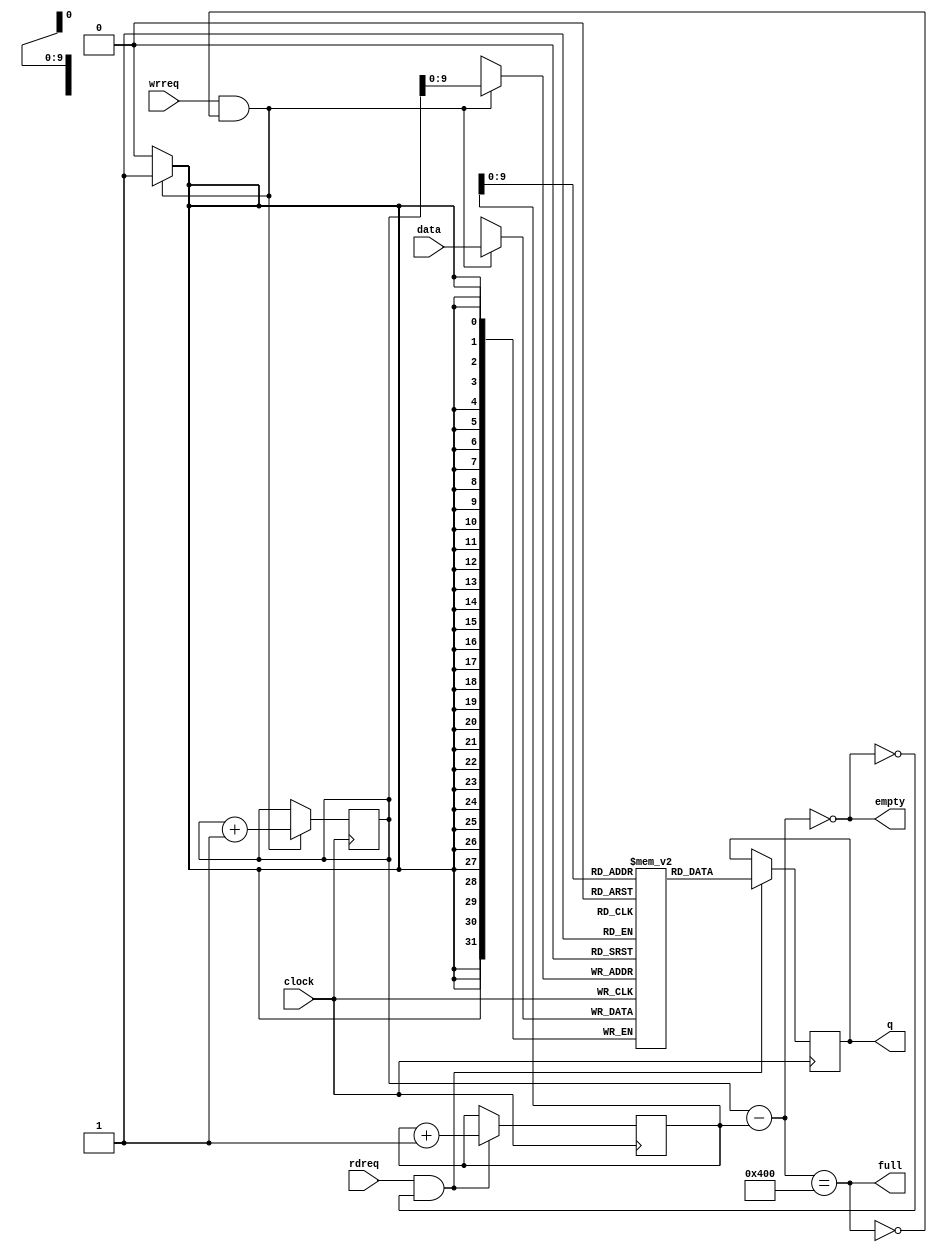
`default_nettype	none

module Fifo(
			clock,
			data,
			rdreq,
			wrreq,
			empty,
			full,
			q
			);
   parameter BW = 32;     // Memory Width
   parameter LGFLEN = 10; // Memory size 2^10 (1024)
  
   input wire clock;
   input wire [(BW-1):0] data;
   input wire			 rdreq;
   input wire			 wrreq;

   output reg			 empty;
   output reg			 full;
   output reg [(BW-1):0] q;

   wire w_wr = wrreq && !full;
   wire	w_rd = rdreq && !empty;
   reg [(BW-1):0] fifo_mem [0:(1<<LGFLEN)-1];
   reg [LGFLEN:0] wr_addr, rd_addr, o_fill;

   initial wr_addr = 0;
   always @(posedge clock)
	 if (w_wr) begin
		wr_addr <= wr_addr + 1;
		fifo_mem[wr_addr[(LGFLEN-1):0]] <= data;
	 end


   initial rd_addr = 0;
   always @(posedge clock)
	 if (w_rd) begin
		rd_addr <= rd_addr + 1;
		q <= fifo_mem[rd_addr[(LGFLEN-1):0]];
	 end

   always @(*)
	 o_fill = wr_addr - rd_addr;

   always @(*)
	 empty = (o_fill == 0);
   
   always @(*)
	 full = (o_fill == {1'b1, {(LGFLEN){1'b0}}});
   
`ifdef FORMAL
   always @(*)
	 assert(o_fill <= {1'b1, {(LGFLEN){1'b0}}});
	   
   always @(*)
	 assert ( o_fill == wr_addr - rd_addr ) ;
   always @(*)
	 assert ( empty == ( o_fill == 0 ) ) ;
   always @(*)
	 assert (full == ( o_fill == { 1'b1 ,{( LGFLEN ) { 1'b0 }}}));

`endif // FORMAL

endmodule